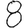
Digit: 8